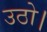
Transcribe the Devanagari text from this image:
उठो।